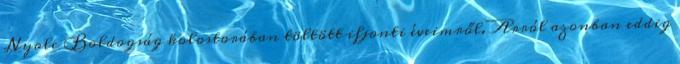
Nyolc Boldogság kolostorában töltött ifjonti éveimről. Arról azonban eddig